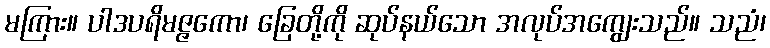
မကြား။ ပါဒပရိမဇ္ဇကော၊ ခြေတို့ကို ဆုပ်နယ်သော အလုပ်အကျွေးသည်။ သညံ၊